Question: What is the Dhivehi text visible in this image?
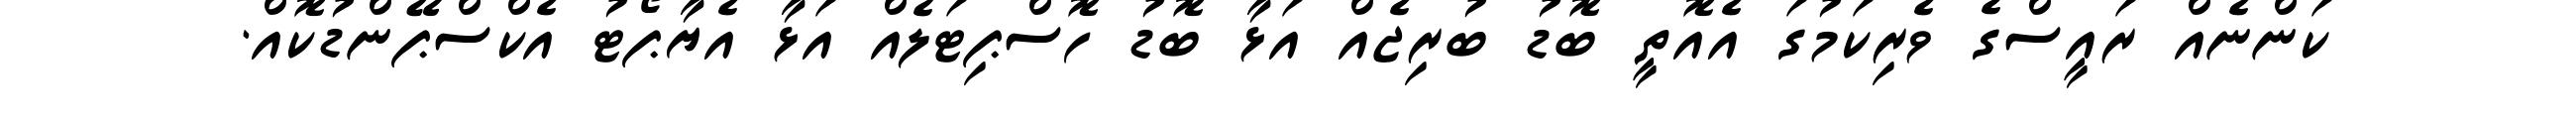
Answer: ކަންނެއް ރައީސްގެ ވެރިކަމުގަ އެއޮތީ ބޮޑު ބުރިޖެއް އަޅާ ބޮޑު ހޮސްޕިޓަލެއް އަޅާ އެޔާޕޯޓު އެކްސްޕޭންޑުކޮއް.